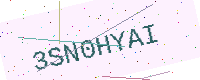
Text: 3SN0HYAI